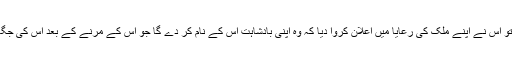
ایک دفعہ ایک ملک کا بادشاہ بیمار ہو گیا، جب بادشاہ نے دیکھا کے اس کے بچنے کی کوئی امید نہیں تو اس نے اپنے ملک کی رعایا میں اعلان کروا دیا کہ وہ اپنی بادشاہت اس کے نام کر دے گا جو اس کے مرنے کے بعد اس کی جگہ ایک رات قبر میں گزارے گا، سب لوگ بہت خوفزدہ ہوئے اور کوئی بھی یہ کام کرنے کو تیار نہ تھا۔